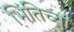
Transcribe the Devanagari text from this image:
भिंतिच्या